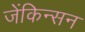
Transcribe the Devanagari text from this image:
जेंकिन्सन